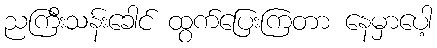
ညကြီးသန်းခေါင် ထွက်ပြေးကြတာ နေမှာပေါ့